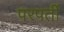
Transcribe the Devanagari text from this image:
परपर्ती